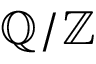
\mathbb { Q } / \mathbb { Z }